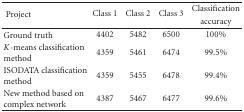
<table><thead><tr><td rowspan="2"><b> Project</b></td><td rowspan="2"><b>Class 1</b></td><td rowspan="2"><b>Class 2</b></td><td rowspan="2"><b>Class 3</b></td><td><b>Classification</b></td></tr><tr><td><b>accuracy</b></td></tr></thead><tbody><tr><td>Ground truth</td><td>4402</td><td>5482</td><td>6500</td><td>100%</td></tr><tr><td><i>K</i>-means classification method</td><td>4359</td><td>5461</td><td>6474</td><td>99.5%</td></tr><tr><td>ISODATA classification method</td><td>4359</td><td>5455</td><td>6478</td><td>99.4%</td></tr><tr><td>New method based on complex network</td><td>4387</td><td>5467</td><td>6477</td><td>99.6%</td></tr></tbody></table>